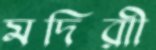
মদিরাী